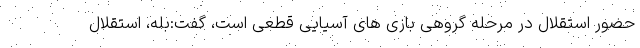
حضور استقلال در مرحله گروهی بازی های آسیایی قطعی است، گفت:بله، استقلال